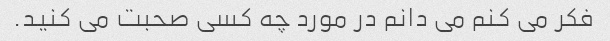
فکر می کنم می دانم در مورد چه کسی صحبت می کنید.